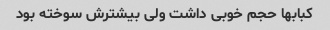
کبابها حجم خوبی داشت ولی بیشترش سوخته بود